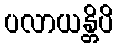
ပလာယန္တိပိ